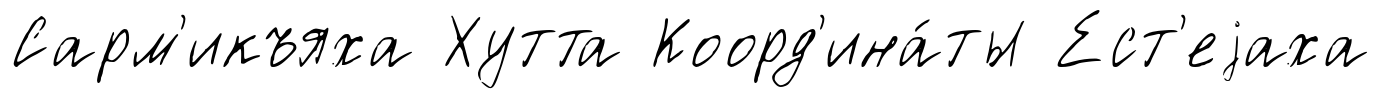
Сарм'икъяха Хутта Коорд'ина́ты Ест'еjаха